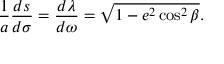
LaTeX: { \frac { 1 } { a } } { \frac { d s } { d \sigma } } = { \frac { d \lambda } { d \omega } } = { \sqrt { 1 - e ^ { 2 } \cos ^ { 2 } \beta } } .